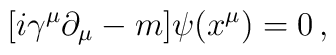
[ i\gamma^\mu\partial_\mu -m ] \psi (x^\mu) = 0\, ,